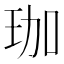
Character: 珈